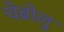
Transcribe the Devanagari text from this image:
चेब्रोलु